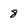
Character: 8